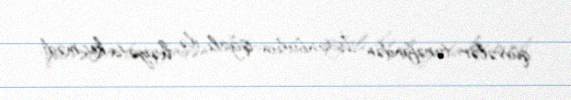
qüvvələr tərəfindən İstanbulun işğalı ilə həyata keçmədi.